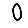
Digit: 0